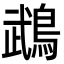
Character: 鵡